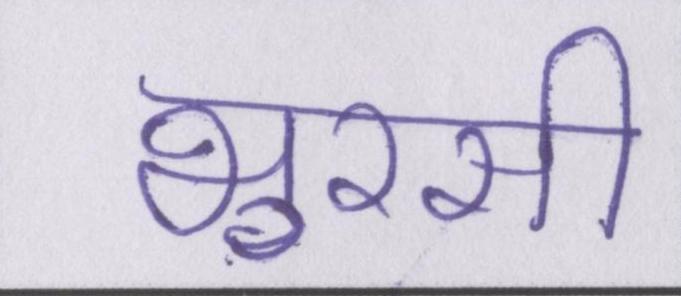
भुरसी